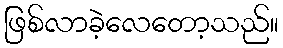
ဖြစ်လာခဲ့လေတော့သည်။